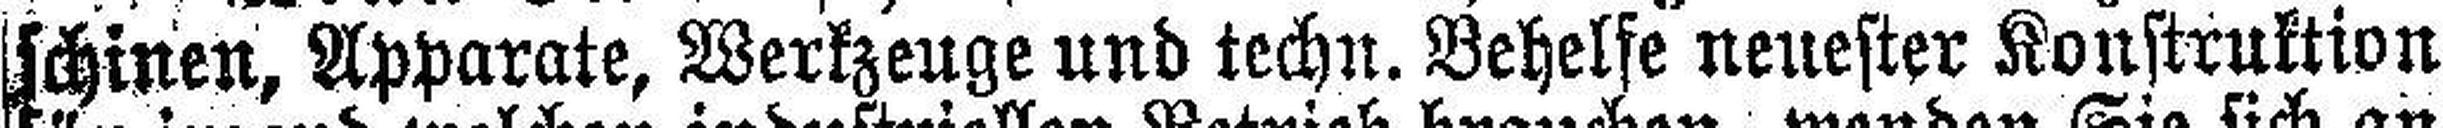
schinen, Apparate, Werkzeuge und techn. Behelfe neuester Konstruktion